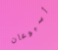
أسبوعان